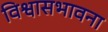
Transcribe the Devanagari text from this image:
विश्वासभावना